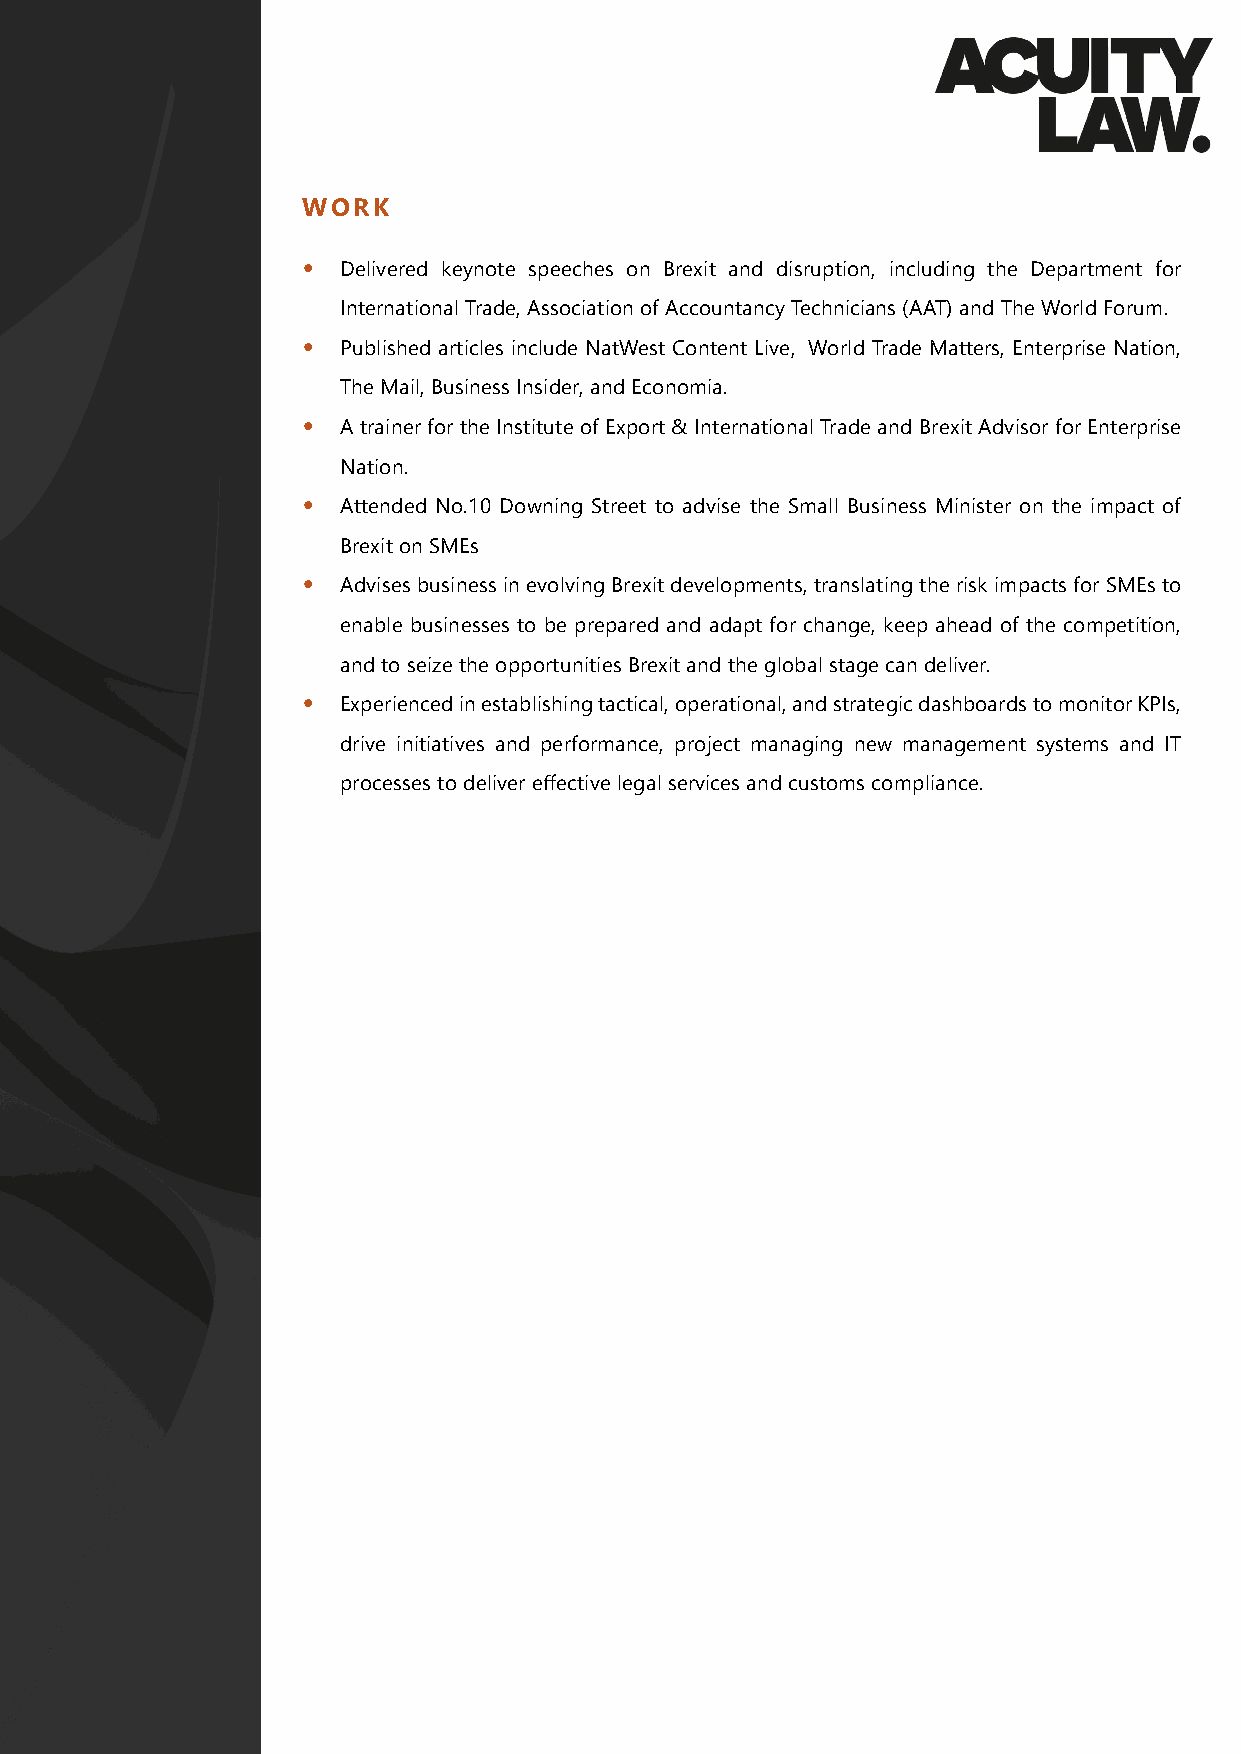
WORK
 • Delivered keynote speeches on Brexit and disruption, including the Department for
 International Trade, Association of Accountancy Technicians (AAT) and The World Forum.
 • Published articles include NatWest Content Live, World Trade Matters, Enterprise Nation,
 The Mail, Business Insider, and Economia.
 • A trainer for the Institute of Export & International Trade and Brexit Advisor for Enterprise
 Nation.
 • Attended No.10 Downing Street to advise the Small Business Minister on the impact of
 Brexit on SMEs
 • Advises business in evolving Brexit developments, translating the risk impacts for SMEs to
 enable businesses to be prepared and adapt for change, keep ahead of the competition,
 and to seize the opportunities Brexit and the global stage can deliver.
 • Experienced in establishing tactical, operational, and strategic dashboards to monitor KPIs,
 drive initiatives and performance, project managing new management systems and IT
 processes to deliver effective legal services and customs compliance.